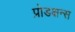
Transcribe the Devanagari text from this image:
प्रोडक्षन्स